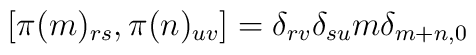
[\pi(m)_{rs},\pi(n)_{uv}] = \delta_{rv}\delta_{su}m\delta_{m+n,0}